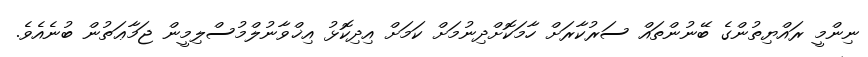
ނިންމީ ރައްޔިތުންގެ ބޭނުންތައް ސަރުކާރަށް ހާމަކޮށްދިނުމަށް ކަމަށް އިދިކޮޅު އިޚްވާނުލްމުސްލިމީން ޖަމާޢަތުން ބުނެއެވެ.